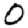
Digit: 0